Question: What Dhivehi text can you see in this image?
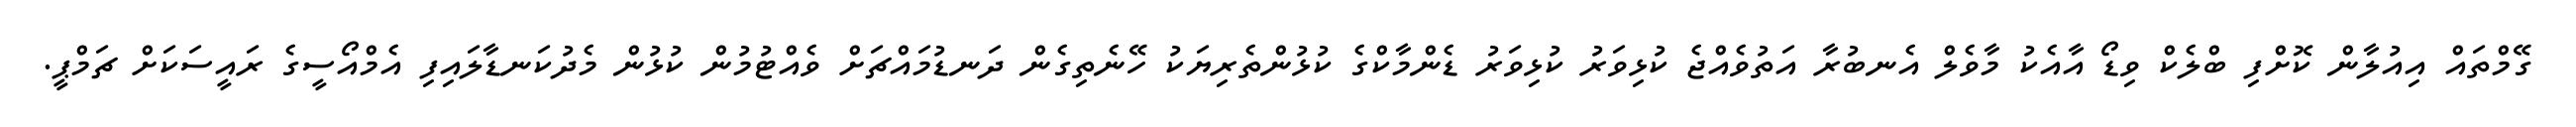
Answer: ގޭމްތައް އިއުލާން ކޮށްފި ބްލެކް ވިޑޯ އާއެކު މާވެލް އެނބުރާ އަތުވެއްޖެ ކުޅިވަރު ކުޅިވަރު ޑެންމާކްގެ ކުޅުންތެރިޔަކު ހޭނެތިގެން ދަނޑުމައްޗަށް ވެއްޓުމުން ކުޅުން މެދުކަނޑާލައިފި އެމްއޯސީގެ ރައީސަކަށް ޗަމްޕީ.